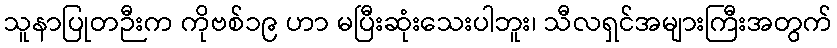
သူနာပြုတဉီးက ကိုဗစ်၁၉ ဟာ မပြီးဆုံးသေးပါဘူး၊ သီလရှင်အများကြီးအတွက်